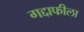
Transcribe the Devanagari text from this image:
गद्दाफीला